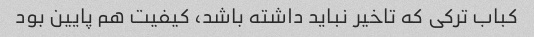
کباب ترکی که تاخیر نباید داشته باشد، کیفیت هم پایین بود